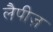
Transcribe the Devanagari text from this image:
लैपीज़